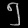
Digit: ၅